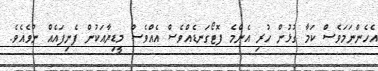
އެހެންނަމަވެސް ކަމާ ގުޅުން ހުރި އެންމެ ފޮޓޯގަނޑެއްވެސް އެއްވެސް މީޑިޔާއަކުން ފެނިފައެއް ނުވެއެވެ.